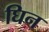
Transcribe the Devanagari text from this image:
घिन